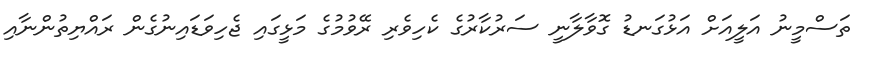
ތަސްމީނު އަލީއަށް އަޅުގަނޑު ގޮވާލާނީ ސަރުކާރުގެ ކެހިވެރި ރޭވުމުގެ މަޅީގައި ޖެހިވަޑައިނުގެން ރައްޔިތުންނާއި